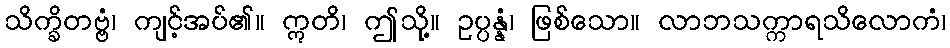
သိက္ခိတဗ္ဗံ၊ ကျင့်အပ်၏။ ဣတိ၊ ဤသို့။ ဥပ္ပန္နံ၊ ဖြစ်သော။ လာဘသက္ကာရသိလောကံ၊